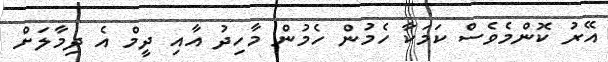
އޭރު ކޮންމެވެސް ކަމަކާ ހެމުން ހެމުން މާހިދު އާއި ދީމް އެ ދިމާލަށް